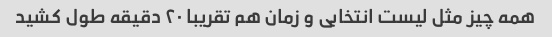
همه چیز مثل لیست انتخابی و زمان هم تقریبا ۲۰ دقیقه طول کشید